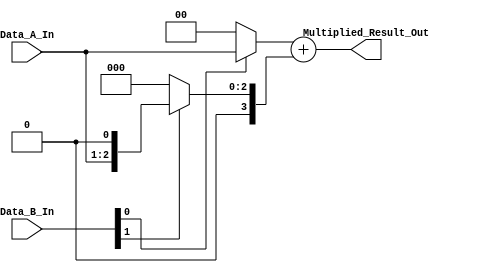
/*
**************************************************
            Multiplier - 2-Bit
**************************************************

This is a verilog code, to implement a 2-Bit Multiplier.

--------------------------------------------------
Author : Prasad Narayan Ghatol
--------------------------------------------------
*/



module Multiplier_2_Bit (
    input  [1:0] Data_A_In,
    input  [1:0] Data_B_In,

    output [3:0] Multiplied_Result_Out
);



// --------------------------------------------------
// wires and regs
// --------------------------------------------------
// Sub-Products
wire [3:0] Sub_Products [1:0];


// Additions
wire [3:0] Addition_0;



// --------------------------------------------------
// Sub-Products
// --------------------------------------------------
assign Sub_Products[0] = Data_B_In[0] ? (Data_A_In)      : 2'b0;
assign Sub_Products[1] = Data_B_In[1] ? (Data_A_In << 1) : 2'b0;



// --------------------------------------------------
// Adders
// --------------------------------------------------
assign Addition_0 = Sub_Products[0] + Sub_Products[1];



// --------------------------------------------------
// Final Result
// --------------------------------------------------
assign Multiplied_Result_Out = Addition_0;



endmodule